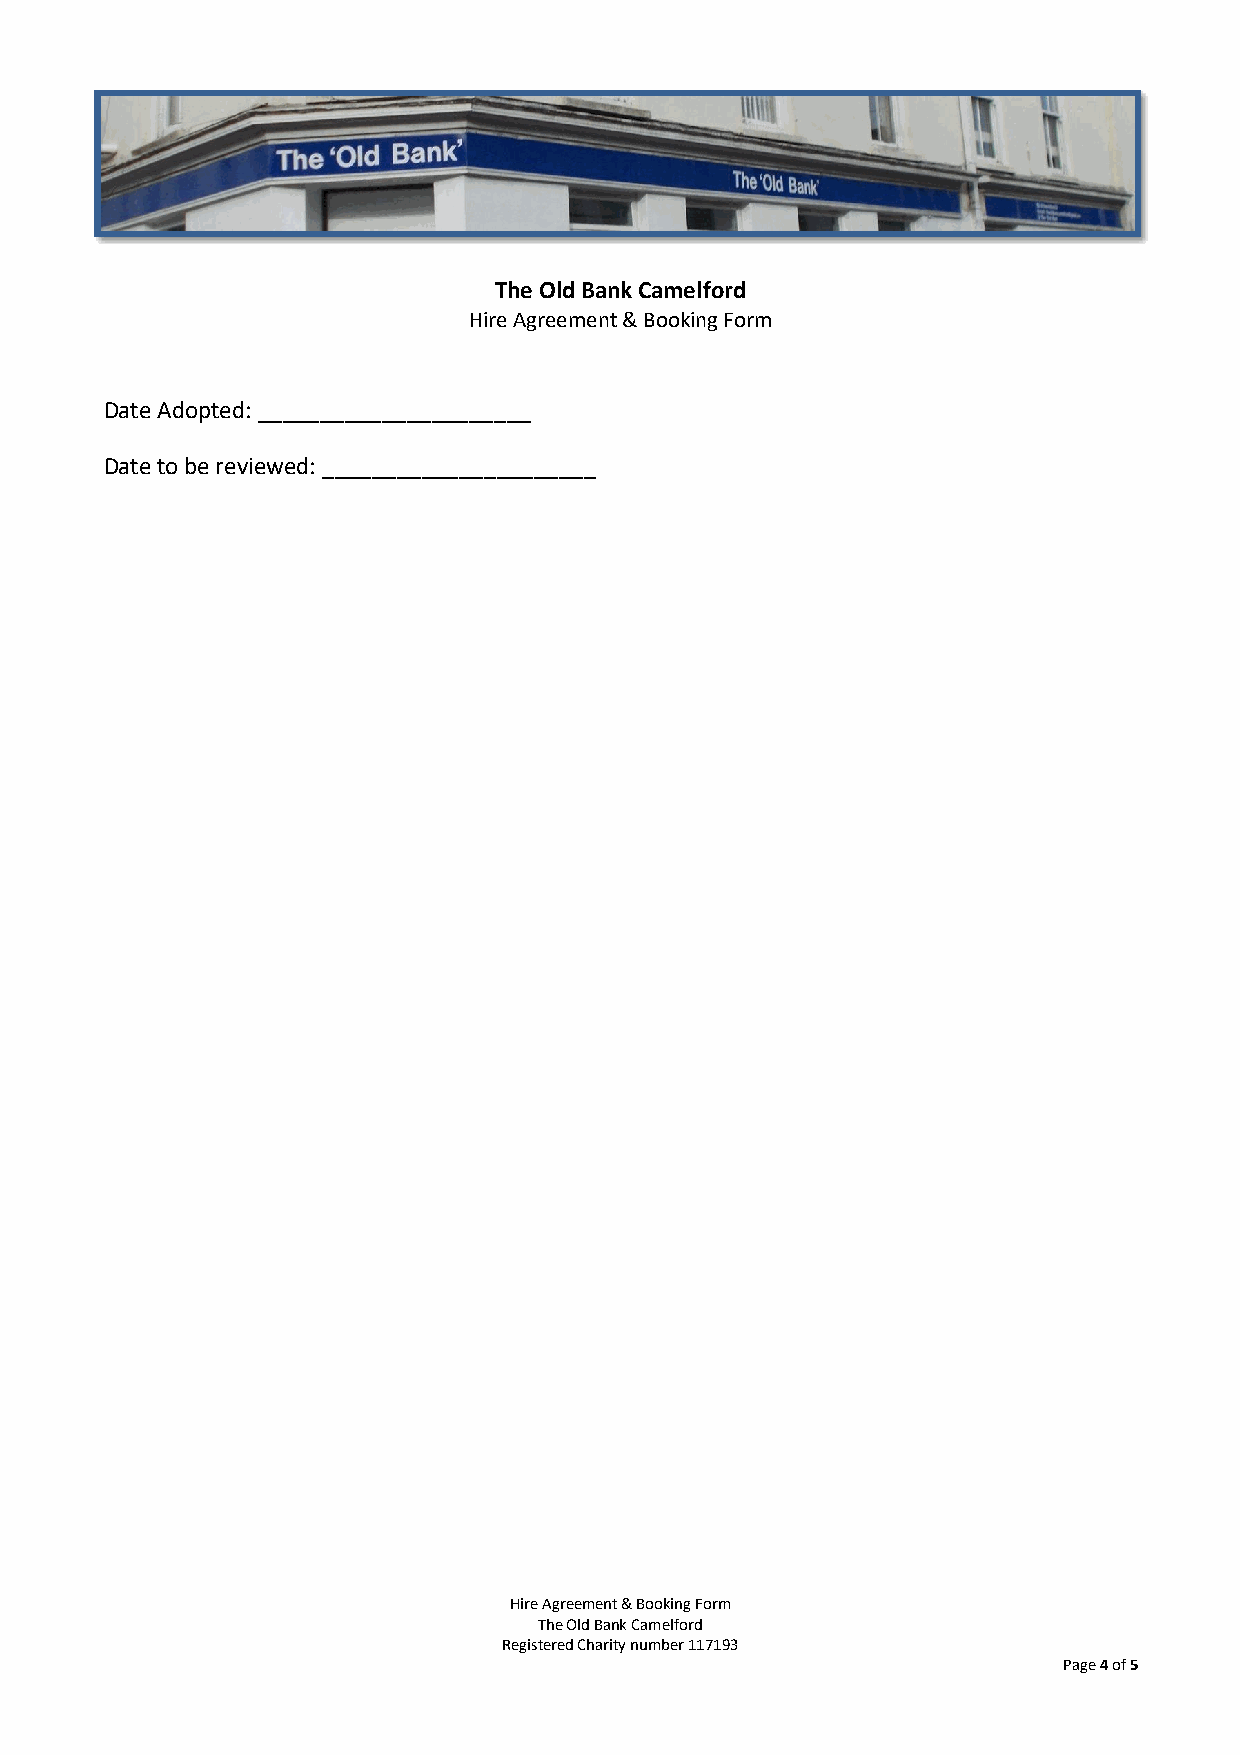
The Old Bank Camelford
 Incorporating the Camelford and Neighbours Community Larder
 The Old Bank Camelford
 Hire Agreement & Booking Form
 Date Adopted: ______________________
 Date to be reviewed: ______________________
 Hire Agreement & Booking Form
 The Old Bank Camelford
 Registered Charity number 117193
 Page 4 of 5